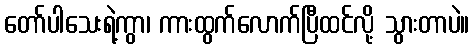
တော်ပါသေးရဲ့ကွာ၊ ကားထွက်လောက်ပြီထင်လို့ သွားတာပဲ။